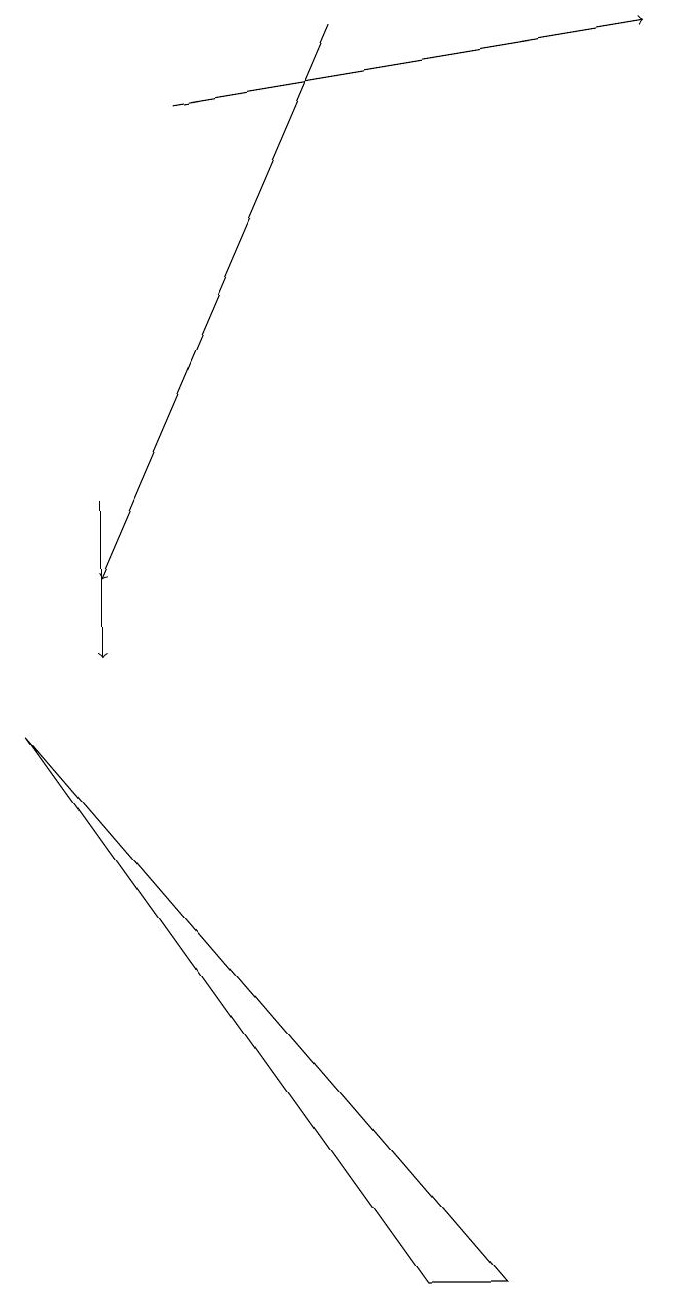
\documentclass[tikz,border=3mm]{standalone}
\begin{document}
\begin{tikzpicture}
\draw[->] (2,12) -- (2,10);
\draw[->] (3,17) -- (9,18);
\draw[->] (5,18) -- (2,11);
\draw (6,2) -- (1,9) -- (7,2) -- cycle;
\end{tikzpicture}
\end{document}